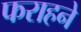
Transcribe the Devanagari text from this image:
फराहने